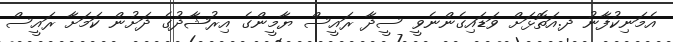
އެމަނިކުފާނު ދ.އަތޮޅަށް ވަޑައިގެންނެވީ ސީދާ ރައީސް ޔާމީންގެ އިރުޝާދުގެ ދަށުން ކަމަށާ ރައީސް